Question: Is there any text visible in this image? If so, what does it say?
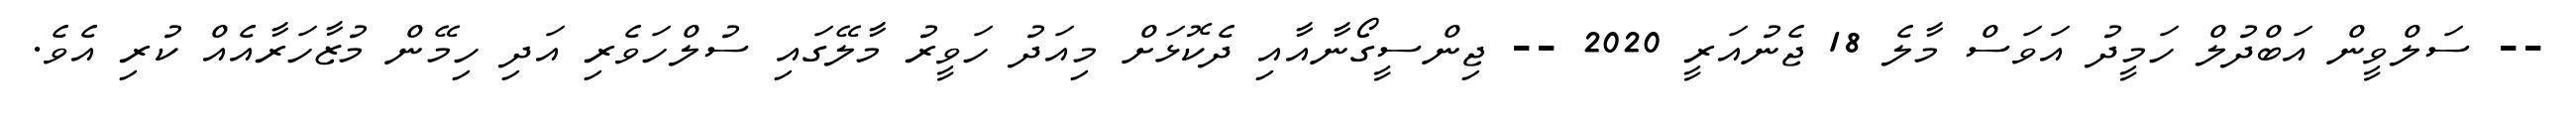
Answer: -- ސަލްވީން އަބްދުލް ހަމީދު އަވަސް މާލެ 18 ޖެނުއަރީ 2020 -- ޖިންސީގޯނާއާއި ދެކޮޅަށް މިއަދު ހަވީރު މާލޭގައި ސުލްހަވެރި އަދި ހިމޭން މުޒާހަރާއެއް ކުރި އެވެ.